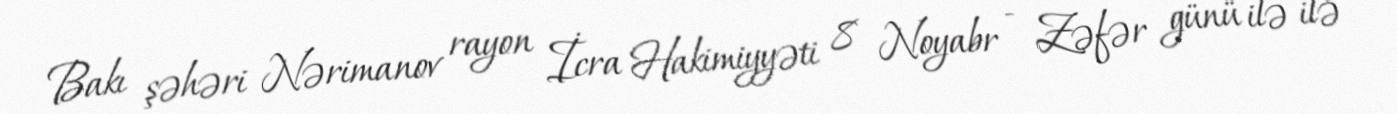
Bakı şəhəri Nərimanov rayon İcra Hakimiyyəti 8 Noyabr - Zəfər günü ilə ilə